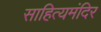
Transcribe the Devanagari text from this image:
साहित्यमंदिर